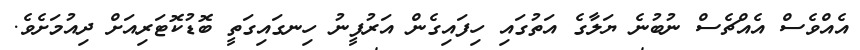
އެއްވެސް އެއްޗެސް ނުބުނެ ޔަލާގެ އަތުގައި ހިފައިގެން އަރުފީނު ހިނގައިގަތީ ބޮޑުކޮޓަރިއަށް ދިއުމަށެވެ.